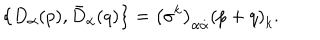
LaTeX: \left\{ D _ { \alpha } ( p ) , \bar { D } _ { \dot { \alpha } } ( q ) \right\} = \left( \sigma ^ { k } \right) _ { \alpha \dot { \alpha } } \left( p + q \right) _ { k } .